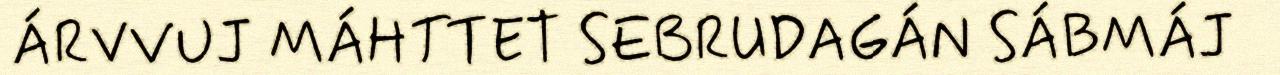
ÁRVVUJ MÁHTTET SEBRUDAGÁN SÁBMÁJ